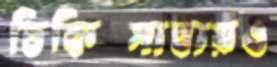
চিকিত্সাব্যয়ও